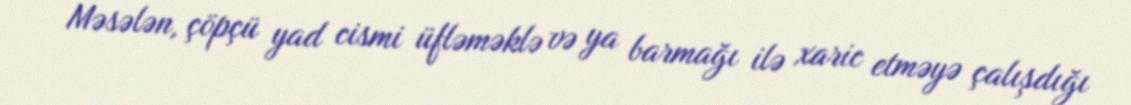
Məsələn, çöpçü yad cismi üfləməklə və ya barmağı ilə xaric etməyə çalışdığı